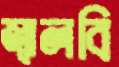
জ্বালবি